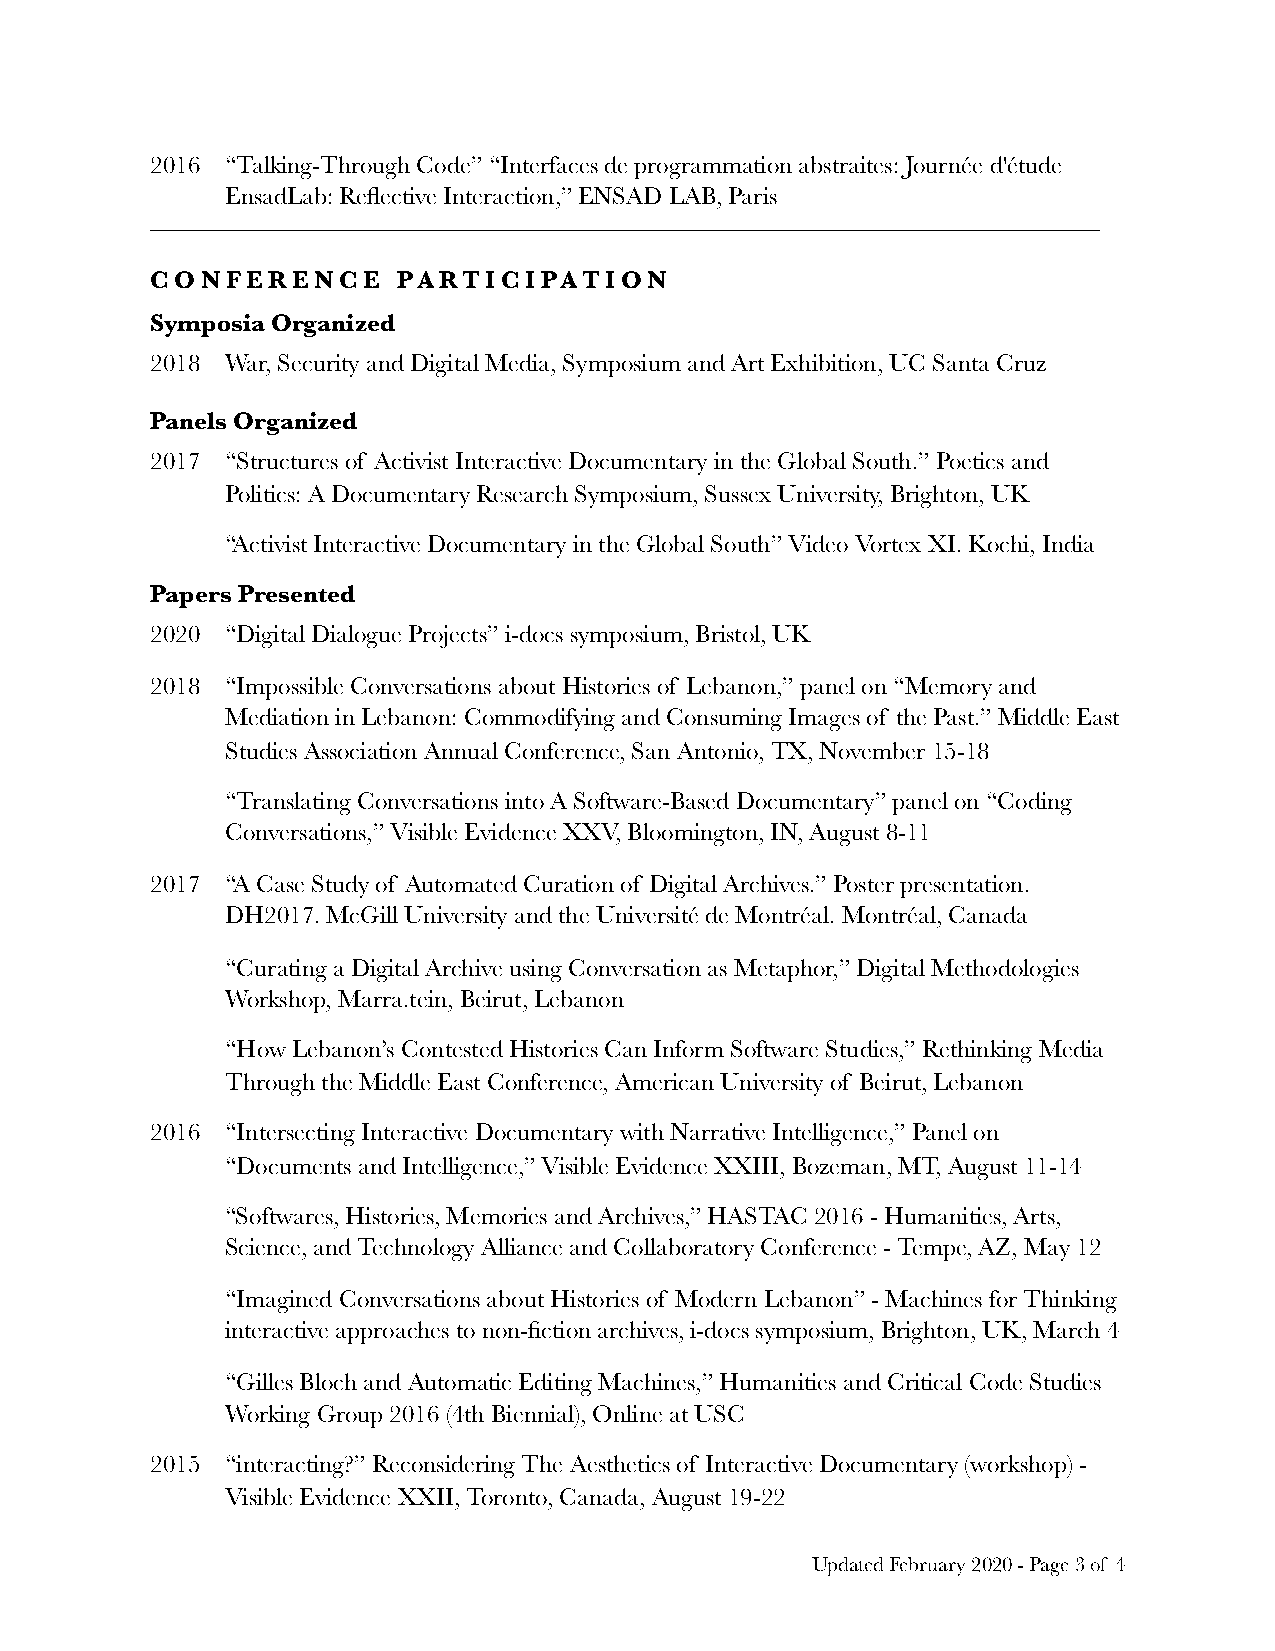
2016 “Talking-Through Code” “Interfaces de programmation abstraites: Journée d'étude
 EnsadLab: Reflective Interaction,” ENSAD LAB, Paris
 ——————————————————————————————————————
 CONFERENCE      PARTICIPATION
 Symposia Organized
 2018 War, Security and Digital Media, Symposium and Art Exhibition, UC Santa Cruz
 Panels Organized
 2017 “Structures of Activist Interactive Documentary in the Global South.” Poetics and
 Politics: A Documentary Research Symposium, Sussex University, Brighton, UK
 “Activist Interactive Documentary in the Global South” Video Vortex XI. Kochi, India
 Papers Presented
 2020 “Digital Dialogue Projects” i-docs symposium, Bristol, UK
 2018 “Impossible Conversations about Histories of Lebanon,” panel on “Memory and
 Mediation in Lebanon: Commodifying and Consuming Images of the Past.” Middle East
 Studies Association Annual Conference, San Antonio, TX, November 15-18
 “Translating Conversations into A Software-Based Documentary” panel on “Coding
 Conversations,” Visible Evidence XXV, Bloomington, IN, August 8-11
 2017 “A Case Study of Automated Curation of Digital Archives.” Poster presentation.
 DH2017. McGill University and the Université de Montréal. Montréal, Canada
 “Curating a Digital Archive using Conversation as Metaphor,” Digital Methodologies
 Workshop, Marra.tein, Beirut, Lebanon
 “How Lebanon’s Contested Histories Can Inform Software Studies,” Rethinking Media
 Through the Middle East Conference, American University of Beirut, Lebanon
 2016 “Intersecting Interactive Documentary with Narrative Intelligence,” Panel on
 “Documents and Intelligence,” Visible Evidence XXIII, Bozeman, MT, August 11-14
 “Softwares, Histories, Memories and Archives,” HASTAC 2016 - Humanities, Arts,
 Science, and Technology Alliance and Collaboratory Conference - Tempe, AZ, May 12
 “Imagined Conversations about Histories of Modern Lebanon” - Machines for Thinking
 interactive approaches to non-fiction archives, i-docs symposium, Brighton, UK, March 4
 “Gilles Bloch and Automatic Editing Machines,” Humanities and Critical Code Studies
 Working Group 2016 (4th Biennial), Online at USC
 2015 “interacting?” Reconsidering The Aesthetics of Interactive Documentary (workshop) -
 Visible Evidence XXII, Toronto, Canada, August 19-22
 Updated February 2020 - Page 3 of 4